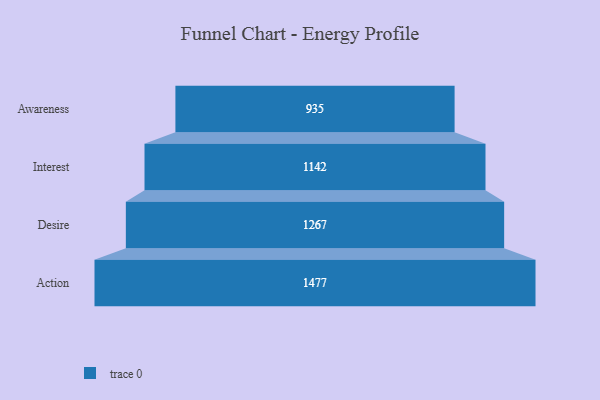
{"axis": {"x": "Stage", "y": "Value"}, "legend": [""], "data": [{"x": "Awareness", "y": 935.0, "type": ""}, {"x": "Interest", "y": 1142.0, "type": ""}, {"x": "Desire", "y": 1267.0, "type": ""}, {"x": "Action", "y": 1477.0, "type": ""}]}